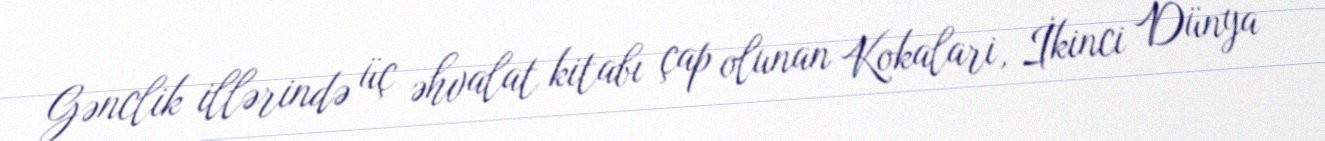
Gənclik illərində üç əhvalat kitabı çap olunan Kokalari, İkinci Dünya